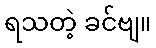
ရသတဲ့ ခင်ဗျ။